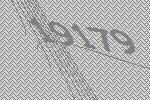
19179